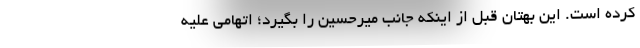
کرده است. این بهتان قبل از اینکه جانب میرحسین را بگیرد؛ اتهامی علیه